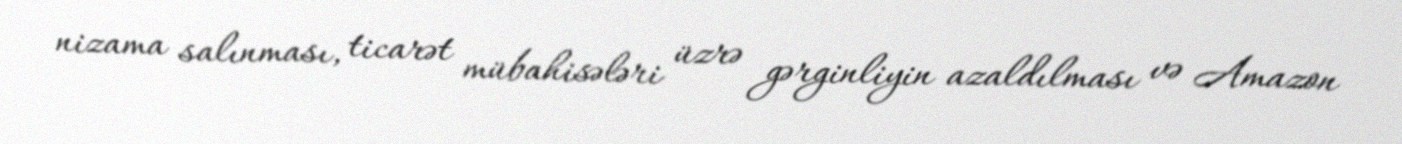
nizama salınması, ticarət mübahisələri üzrə gərginliyin azaldılması və Amazon